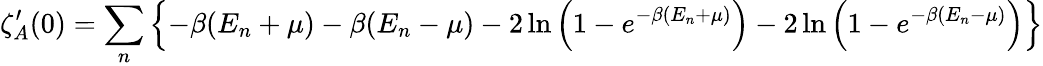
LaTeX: \zeta_{A}^{\prime}(0)=\sum_{n}\left\{ -\beta(E_{n}+\mu)-\beta(E_{n}-\mu)-2\ln\left(1-e^{-\beta(E_{n}+\mu)}\right)-2\ln\left(1-e^{-\beta(E_{n}-\mu)}\right)\right\}